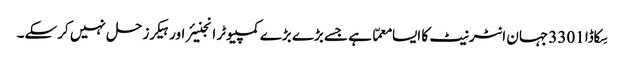
سِکاڈا 3301 جہان انٹرنیٹ کا ایسا معمّا ہے جسے بڑے بڑے کمپیوٹر انجنیئر اور ہیکرز حل نہیں کرسکے۔